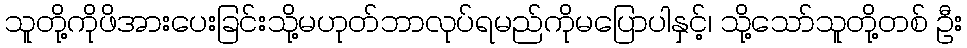
သူတို့ကိုဖိအားပေးခြင်းသို့မဟုတ်ဘာလုပ်ရမည်ကိုမပြောပါနှင့်၊ သို့သော်သူတို့တစ် ဦး